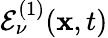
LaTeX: \mathcal{E}_{\nu}^{(1)}(\mathbf{x},t)